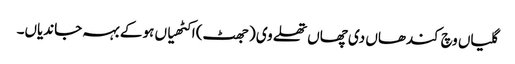
گلیاں وچ کندھاں دی چھاں تھلے وی (جھٹ) اکٹھیاں ہو کے بہہ جاندیاں۔